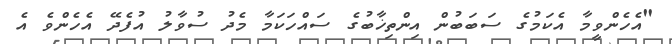
"އެހެންވީމާ އެކަމުގެ ސަބަބުން އިންތިޚާބުގެ ސައްހަކަމާ މެދު ސުވާލު އުފެދޭ އެހެންވެ އެ